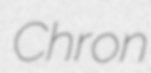
Chron